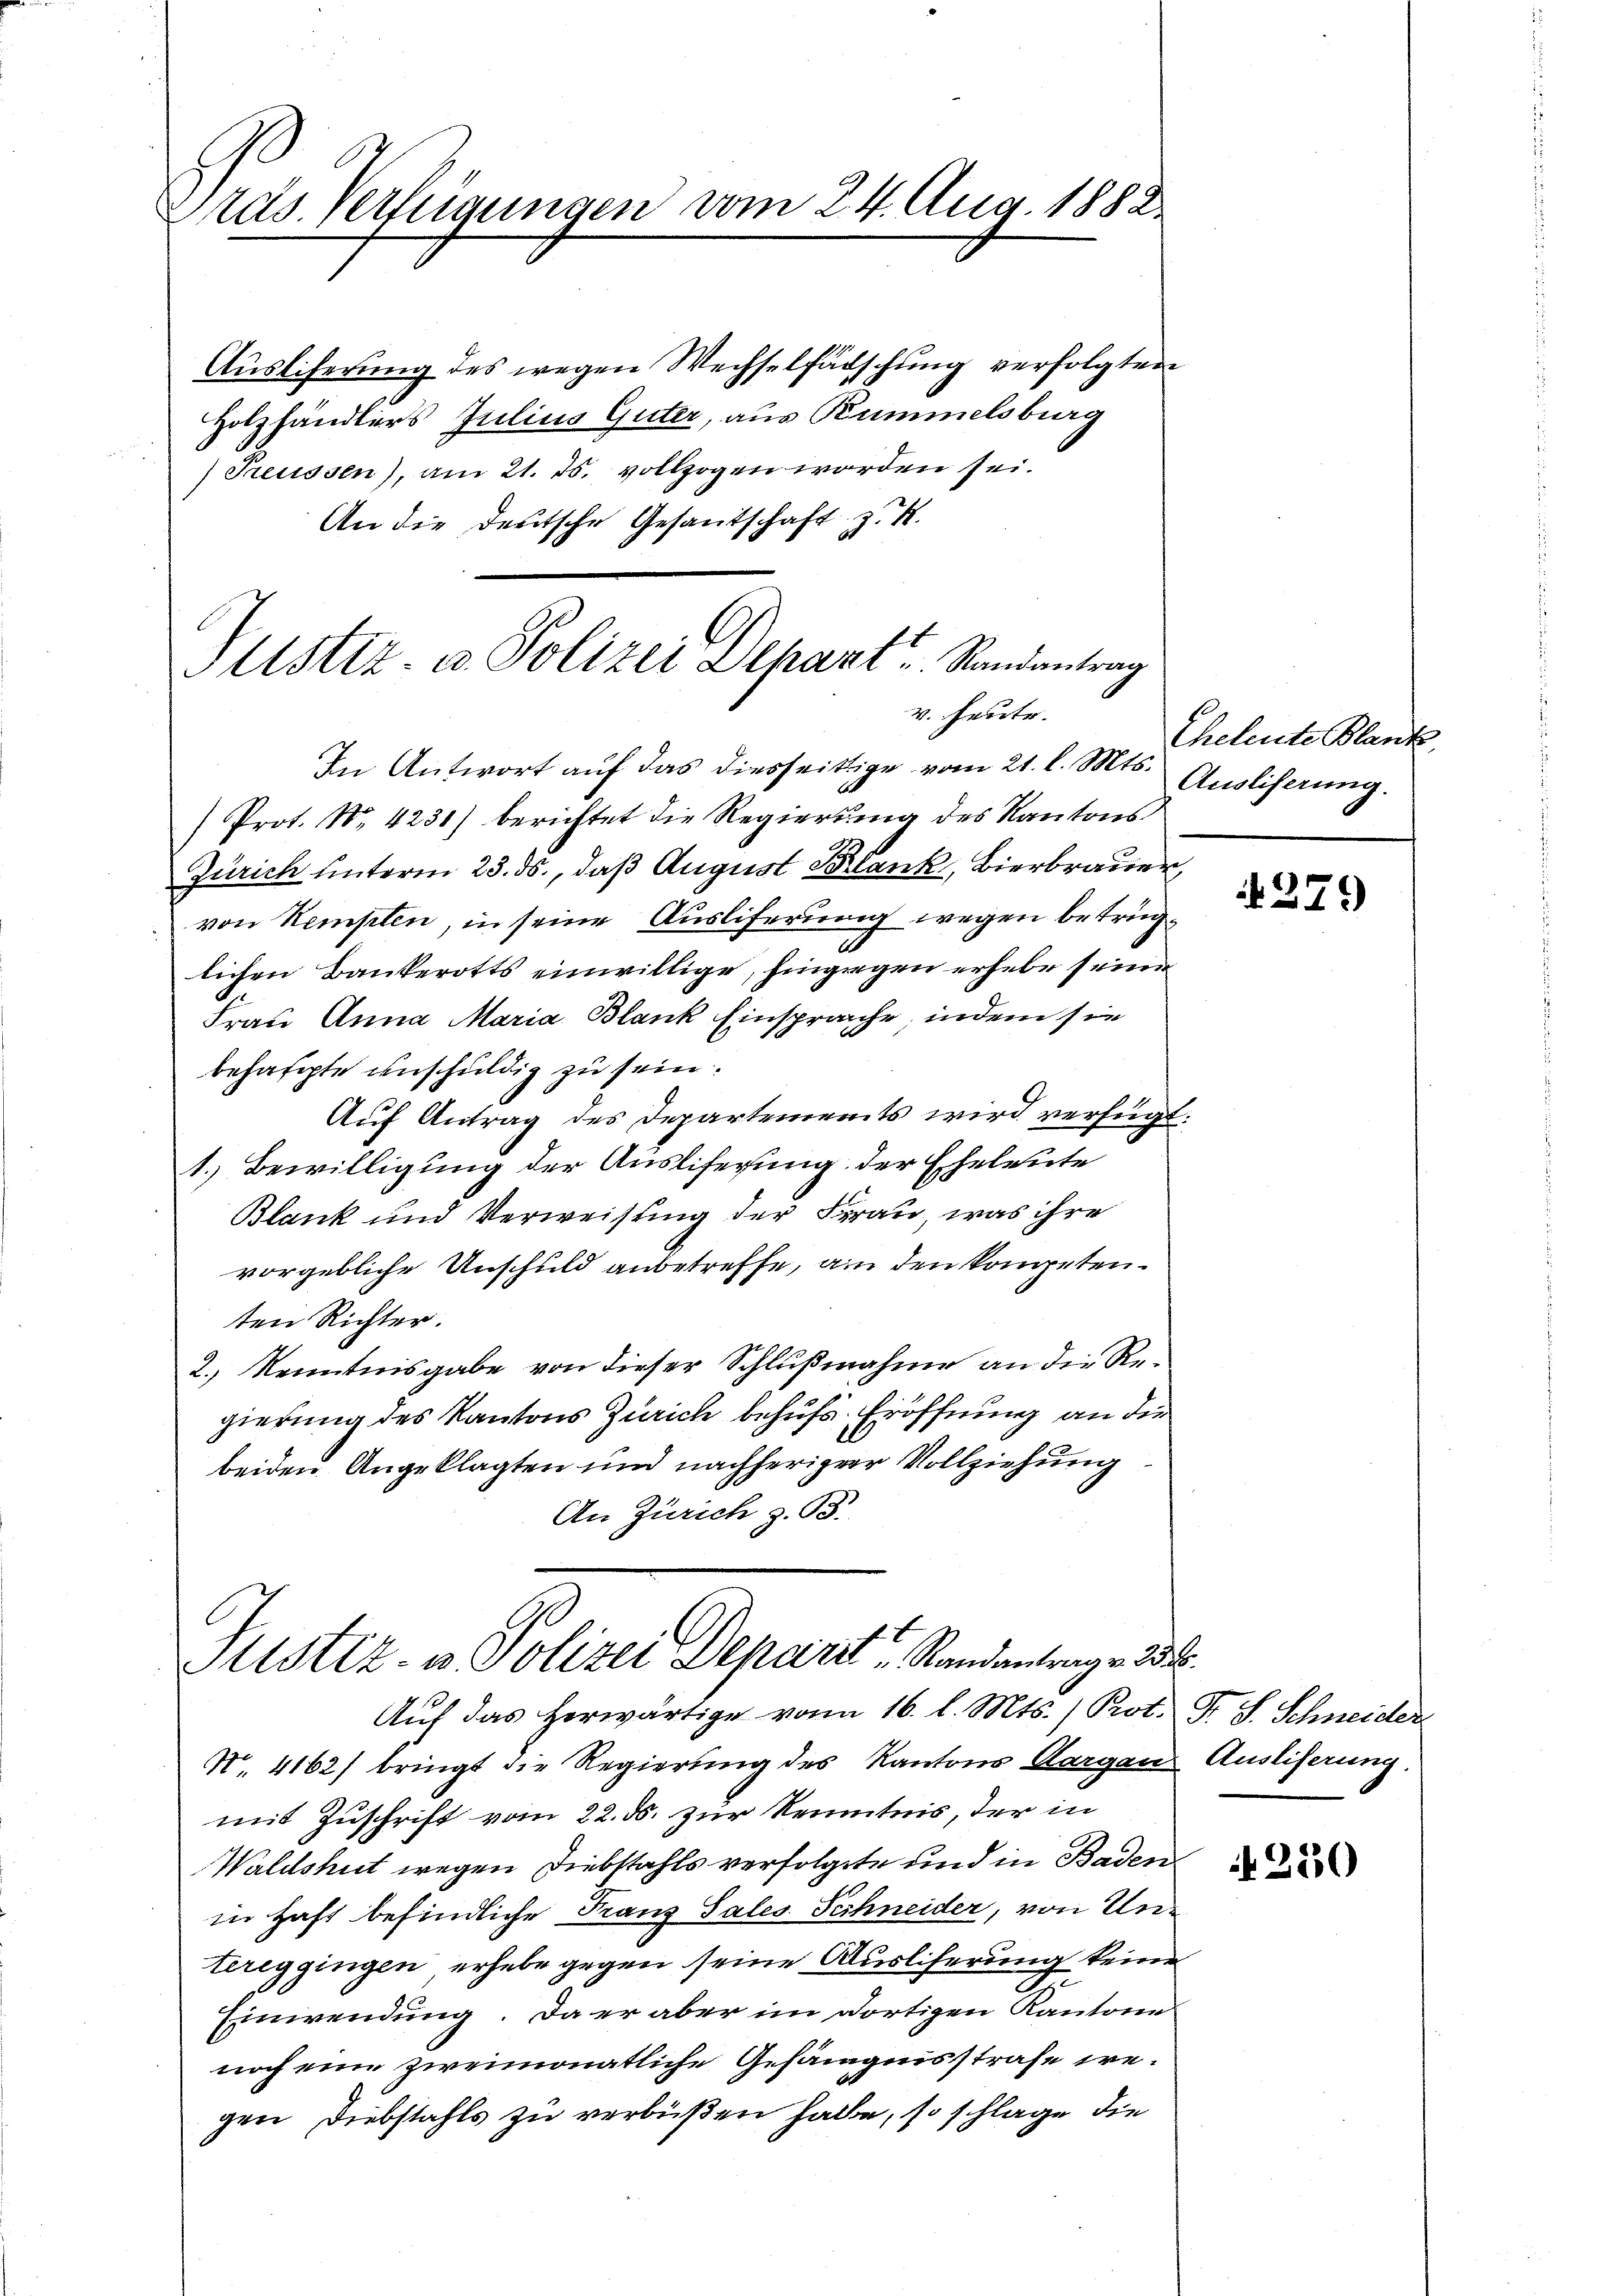
Präs. Verfügungen vom 24. Aug. 1882

Auslieferung des wegen Wechselfälschung verfolgten
Holzhändlers Julius Güter, aus Rummelsburg
Treussen), am 21. Js. vollzogen worden sei.
An die deutsche Gesandschaft z. B.

Justiz- u. Polizei Depart Randantrag
v. heute.

In Antwort auf das diesseitige vom 21. l. Mts. Auslicherung.
Prot. No. 4231) berichtet die Regierung des Kantons¬
Zürich unterm 23. ds., daß August Blank, Bierbrauer,
von Kempten, in seine Ausliferung wegen betrüglichen Bankerotts einwillige, hingegen erhebe seine
Frau Anna Maria Blank Einsprache, indem sie
behaupte unschuldig zu sein.
Auf Antrag des Departements wird verfügt:
1. Bewilligung der Ausliferung der Eheleute
Blank und Verweisung der Frau, was ihre
vorgebliche Anschuld anbetreffe, am den kompetenten Richter.
2.) Kenntnisgabe von dieser Schlußnahme an die Regierung des Kantons Zürich behufs Eröffnung an der
beiden Angeklagten und nachheriger Vollziehung
An Zürich z. B.
Justiz- & Polizei Depart, Standantrage 231.
Auf das herwärtige vom 16. l. Mts. /Prot. F. S. Schneider
N. 4162/ bringt die Regierung des Kantons Aargau Ausliserung.
mit Zuschrift vom 22. ds. zur Kenntnis, der in
Waldshut wegen Diebstahls verfolgte und in Badenin Haft befindliche Franz Sales Schneider, von Untereggingen erhebe gegen seine Ausliferung keine
r
.
Einwendung. Da er aber im dortigen Kantone
noch eine zweimonatliche Gefängnisstrafe iegen Diebstahls zu verbüßen hatte, so schlage die

Eheleute Blank

27.)

250